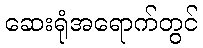
ဆေးရုံအရောက်တွင်